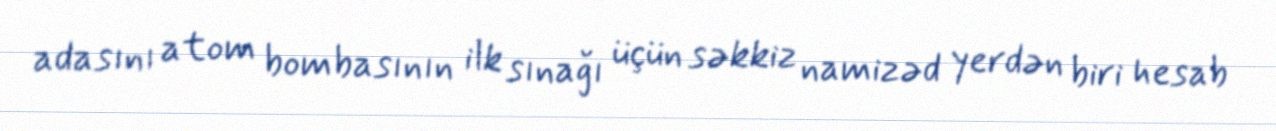
adasını atom bombasının ilk sınağı üçün səkkiz namizəd yerdən biri hesab